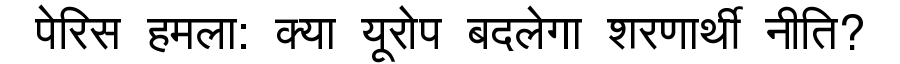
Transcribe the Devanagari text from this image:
पेरिस हमला: क्या यूरोप बदलेगा शरणार्थी नीति?